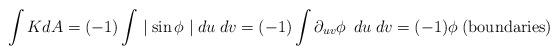
LaTeX: \begin{align*}\int K dA=(-1)\int \mid \sin \phi \mid du\hspace{0.1cm} dv=(-1) \int \partial_{uv} \phi\hspace{0.2cm} du\hspace{0.1cm} dv=(-1) \phi\hspace{0.1cm} \textrm{(boundaries)}\end{align*}